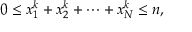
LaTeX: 0 \leq x _ { 1 } ^ { k } + x _ { 2 } ^ { k } + \cdots + x _ { N } ^ { k } \leq n ,